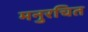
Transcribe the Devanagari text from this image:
मनुरचित